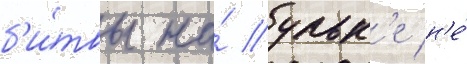
б'и́твы на́ ульк'е н'е́